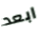
ابعد